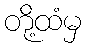
တို့ထံမှ